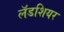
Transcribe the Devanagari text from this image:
लॅडशियर